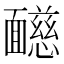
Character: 𩉋